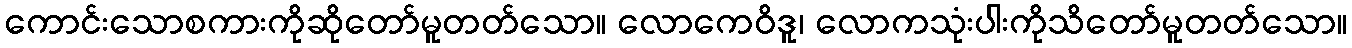
ကောင်းသောစကားကိုဆိုတော်မူတတ်သော။ လောကေဝိဒူ၊ လောကသုံးပါးကိုသိတော်မူတတ်သော။